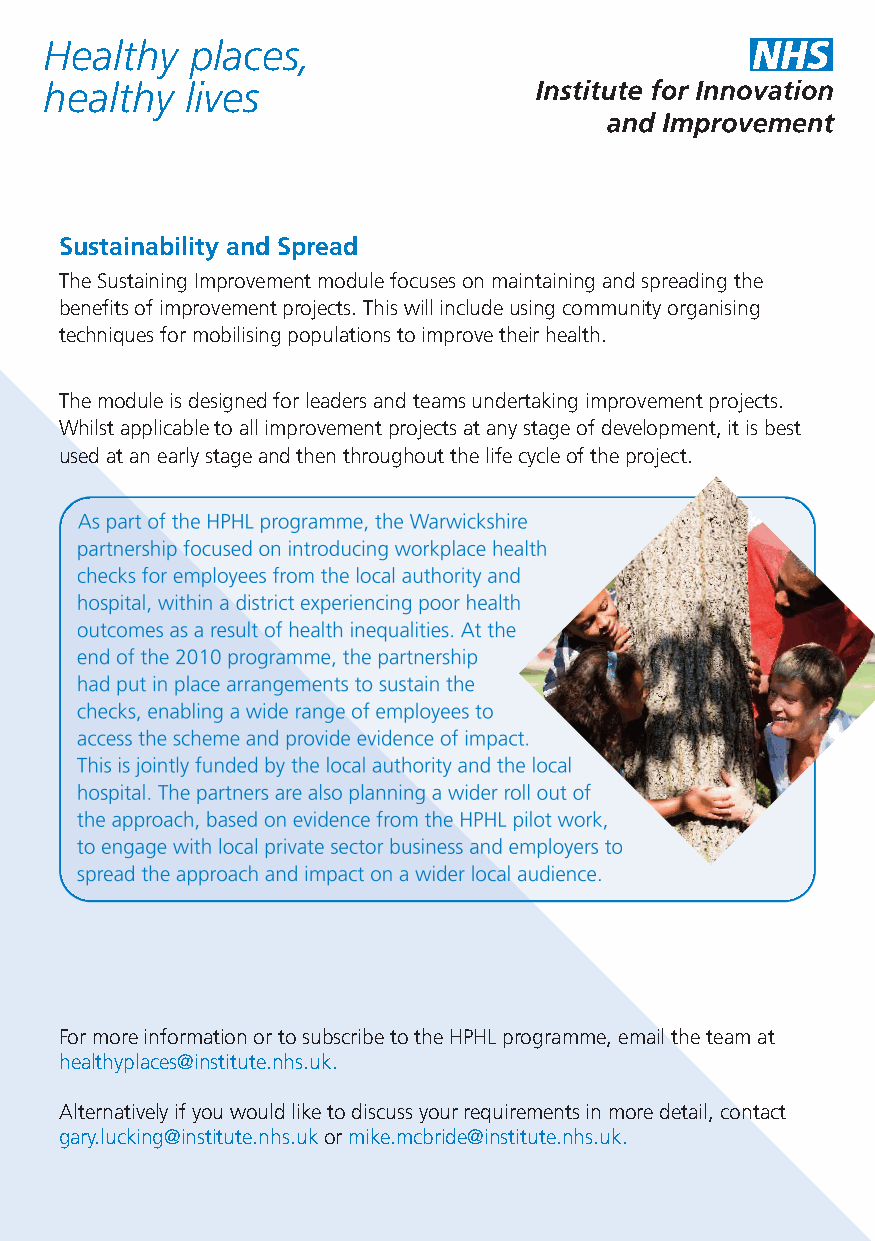
Healthy   places,
 healthy  lives
 Sustainability and Spread
 The Sustaining Improvement module focuses on maintaining and spreading the
 benefits of improvement projects. This will include using community organising
 techniques for mobilising populations to improve their health.
 The module is designed for leaders and teams undertaking improvement projects.
 Whilst applicable to all improvement projects at any stage of development, it is best
 used at an early stage and then throughout the life cycle of the project.
 As part of the HPHL programme, the Warwickshire
 partnership focused on introducing workplace health
 checks for employees from the local authority and
 hospital, within a district experiencing poor health
 outcomes as a result of health inequalities. At the
 end of the 2010 programme, the partnership
 had put in place arrangements to sustain the
 checks, enabling a wide range of employees to
 access the scheme and provide evidence of impact.
 This is jointly funded by the local authority and the local
 hospital. The partners are also planning a wider roll out of
 the approach, based on evidence from the HPHL pilot work,
 to engage with local private sector business and employers to
 spread the approach and impact on a wider local audience.
 For more information or to subscribe to the HPHL programme, email the team at
 healthyplaces@institute.nhs.uk.
 Alternatively if you would like to discuss your requirements in more detail, contact
 gary.lucking@institute.nhs.ukor mike.mcbride@institute.nhs.uk.